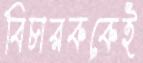
বিচারককেই